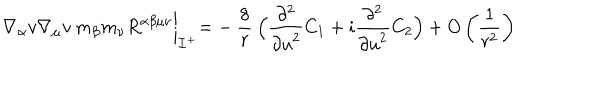
LaTeX: \nabla _ { \alpha } v \nabla _ { \mu } v \: m _ { \beta } m _ { \nu } R ^ { \alpha \beta \mu \nu } \biggl | _ { { \cal I } ^ { + } } = - \: \frac { 8 } { r } \: \Bigl ( \frac { \partial ^ { 2 } } { { \partial u } ^ { 2 } } C _ { 1 } + i \frac { \partial ^ { 2 } } { { \partial u } ^ { 2 } } C _ { 2 } \Bigr ) + O \left( \frac { 1 } { r ^ { 2 } } \right)